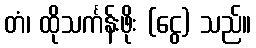
တံ၊ ထိုသင်္ကန်းဖိုး (ငွေ) သည်။